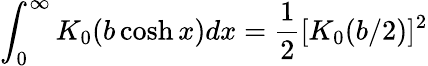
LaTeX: \int_{0}^{\infty}K_{0}(b\cosh x)dx=\frac{1}{2}[K_{0}(b/2)]^{2}